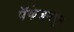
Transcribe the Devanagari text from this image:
पॅकेजमधून